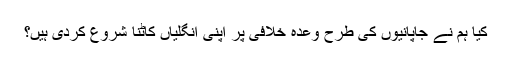
کیا ہم نے جاپانیوں کی طرح وعدہ خلافی پر اپنی انگلیاں کاٹنا شروع کردی ہیں؟